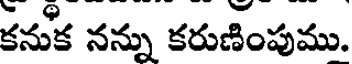
కనుక నన్ను కరుణింపుము.